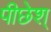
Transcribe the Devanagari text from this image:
पीछेश्